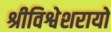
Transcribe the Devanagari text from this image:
श्रीविश्वेशरायो